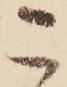
こ